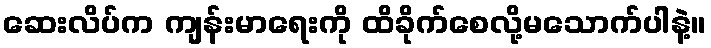
ဆေးလိပ်က ကျန်းမာရေးကို ထိခိုက်စေလို့မသောက်ပါနဲ့။